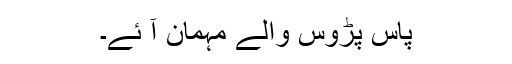
پاس پڑوس والے مہمان آ ئے۔